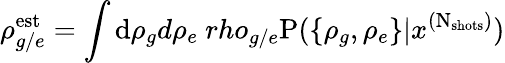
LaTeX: \rho_{g/e}^{\mathrm{est}}=\int\mathrm d\rho_{g}d\rho_{e}\mathrm\ rho_{g/e}\mathrm P(\{ \rho_{g},\rho_{e}\} |x^{(\mathrm N_{\mathrm{shots}})})